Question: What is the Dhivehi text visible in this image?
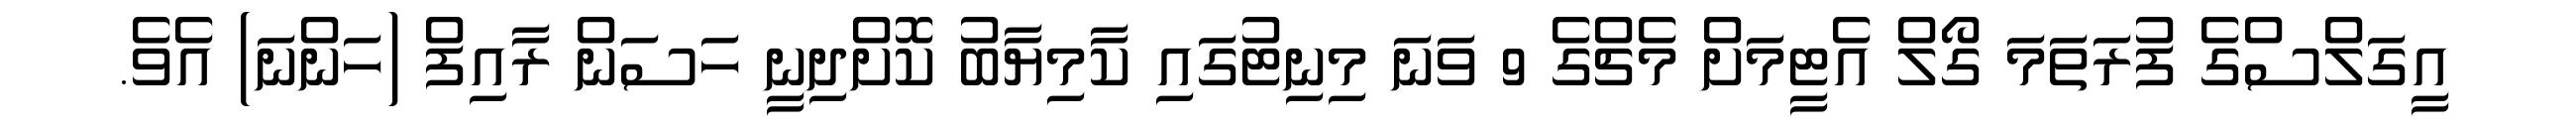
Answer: އީގަލްސްގެ ފުރަތަމަ ގޯލް އެޓީމަށް މެޗްގެ 9 ވަނަ މިނިޓުގައި ކާމިޔާބު ކޮށްދިނީ ހަސަން ރާއިފް (ހަންނަ) އެވެ.